Medical and sanitary report of the native army of Bengal for the year
Year: 1877
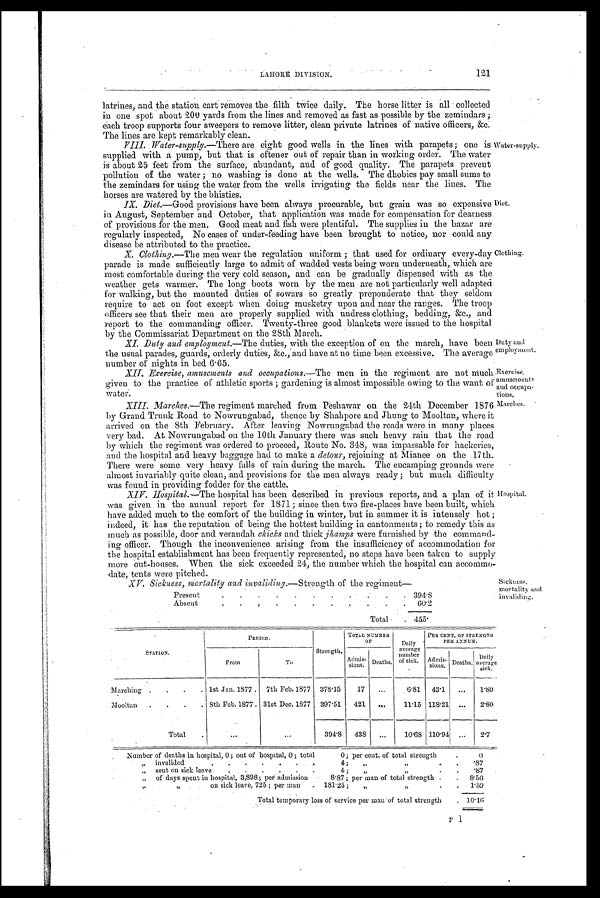
Water-supply.
Diet.
Clothing.
Duty and
employment.
Exercise,
amusements
and occupa-
tions.
Marches.
Hospital.
LAHORE DIVISION.
121
latrines, and the station cart removes the filth twice daily. The horse litter is all collected
in one spot about 200 yards from the lines and removed as fast as possible by the zemindars;
each troop supports four sweepers to remove litter, clean private latrines of native officers, &c.
The lines are kept remarkably clean.
XIII. Water-supply.—There are eight good wells in the lines with parapets; one is
supplied with a pump, but that is oftener out of repair than in working order. The water
is about 25 feet from the surface, abundant, and of good quality. The parapets prevent
pollution of the water; no washing is done at the wells. The dhobies pay small sums to
the zemindars for using the water from the wells irrigating the fields near the lines. The
horses are watered by the bhisties.
IX. Diet.—Good provisions have been always procurable, but grain was so expensive
in August, September and October, that application was made for compensation for dearness
of provisions for the men. Good meat and fish were plentiful. The supplies in the bazar are
regularly inspected, No cases of under-feeding have been brought to notice, nor could any
disease be attributed to the practice.
X. Clothing.—The men wear the re gulation uniform; that used for ordinary every-day
parade is made sufficiently large to, admit of wadded vests being worn underneath, which are
Most comfortable during the very cold season, and can be gradually dispensed with as the
weather gets warmer. The long boots worn by the men are not particularly well adapted
for walking, but the mounted duties of sowars so greatly preponderate that they seldom
require to act on foot except when doing musketry upon and near the ranges. The troop
officers see that their men are properly supplied with undress clothing, bedding, &c., and
report to the commanding officer. Twenty-three good blankets were issued to the hospital
by the Commissariat Department on the 28th March.
XI. Duty and employment.—The duties, with the exception of on the march, have been
the usual parades, guards, orderly duties, &c., and have at no time been excessive. The average
number of nights in bed 6.65.
XII. Exercise, amusements and occupations.—The men in the regiment are not much
given to the practice of athletic sports; gardening is almost impossible owing to the want of
water.
XIII. Marches.—The regiment marched from Peshawar on the 24th December 1876
by Grand Trunk Road to Nowrungabad, thence by Shahpore and Jhung to Mooltan, where
it arrived on the 8th February. After leaving Nowrungabad the roads were in many places
very bad. At Nowrungabad on the 10th January there was such heavy rain that the road
by which the regiment was ordered to proceed, Route No. 348, was impassable for hackeries,
and the hospital and heavy baggage had to make a detour, rejoining at Mianee on the 17th.
There were some very heavy falls of rain during the march. The encamping grounds were
almost invariably quite clean, and provisions for the men always ready; but much difficulty
was found in providing fodder for the cattle.
XIV. Hospital.—The hospital has been described in previous reports, and a plan of it
was given in the annual report for 1871; since then two fire-places have been built, which
have added much to the comfort of the building in winter, but in summer it is intensely hot;
indeed, it has the reputation of being the hottest building in cantonments; to remedy this a
much as possible, door and verandah chicks and thick jh amps were furnished by the command
ing officer. Though the inconvenience arising from the insufficiency of accommodation for
the hospital establishment has been frequently represented, no steps have been taken to supply
more out-houses. When the sick exceeded. 24, the number which the hospital can accommo
date, tents were pitched.
XV. Sickness. mortality and invaliding.—Strength of the regiment—
Present
394.8
Absent
60.2
Total
455.
Sickness.
mortality and
invaliding.
STATION.
PERIOD.
Strength.
TOTAL NUMBER
O F
Daily
average
number
of sick.
PER CENT. OF STRENGTH
PER ANNUM.
From
To
Admi
s - s i o n s . Deaths.
Admis-
sions. Deaths.
Daily
average
sick.
Marching .
.
.
. 1st Jan. 1877.
7th Feb. 1877
378.15
17
6.81
43.1
...
1.80
Mooltan
.
.
.
. 8th Feb. 1877 . 31st .Dec. 1877
397.51
421
...
11.15 118.21
...
2.80
Total
...
...
394.8
438
•••
10.68 110.94
...
2.7
Number of deaths in hospital, 0; out of hospital, 0 ; total
0; per cent. of total strength
.
0
„
invalided
4;
,, ,,
.
.87
„
sent on sick leave
.
.
.
.
.
.
4 ;
,, ,,
.87
,,
of days spent in hospital, 3,898; per admission
8.87; per man of total strength .
.
8.56
,, ,,
on sick leave, 725 ; per man
. 181.25 ;
„
,,
.
.
1.59
Total temporary loss of service per Man of total strength
. 10.16
F 1